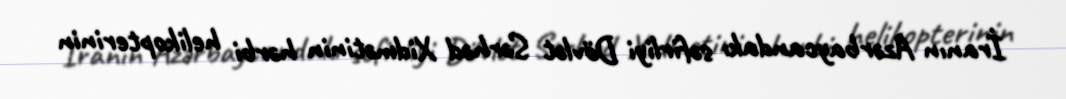
İranın Azərbaycandakı səfirliyi Dövlət Sərhəd Xidmətinin hərbi helikopterinin